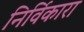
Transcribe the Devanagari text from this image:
निर्विकारा